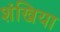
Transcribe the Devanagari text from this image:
शंखिया